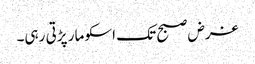
غرض صبح تک اسکو مار پڑتی رہی۔